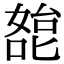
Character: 㗠